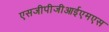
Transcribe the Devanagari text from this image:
एसजीपीजीआईएमएस